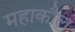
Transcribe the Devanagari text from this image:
महाकौल